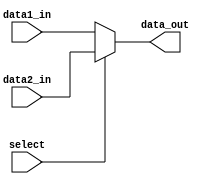
module MUX_5bit(    
    data1_in,
    data2_in,
    select,
    data_out
);

input [4:0] data1_in, data2_in;
input select;
output [4:0] data_out;

assign data_out = (select) ? data2_in : data1_in;

endmodule